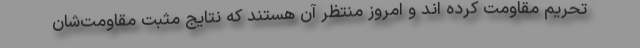
تحریم مقاومت کرده اند و امروز منتظر آن هستند که نتایج مثبت مقاومت‌شان